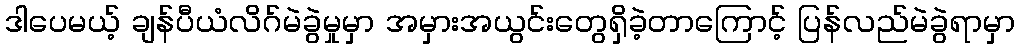
ဒါပေမယ့် ချန်ပီယံလိဂ်မဲခွဲမှုမှာ အမှားအယွင်းတွေရှိခဲ့တာကြောင့် ပြန်လည်မဲခွဲရာမှာ